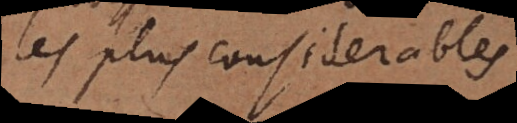
les plus considerables